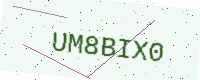
Text: UM8BIX0